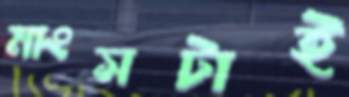
মাংসটাই